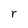
Character: r